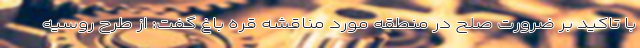
با تاکید بر ضرورت صلح در منطقه مورد مناقشه قره باغ گفت: از طرح روسیه